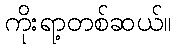
ကိုးရာ့တစ်ဆယ်။